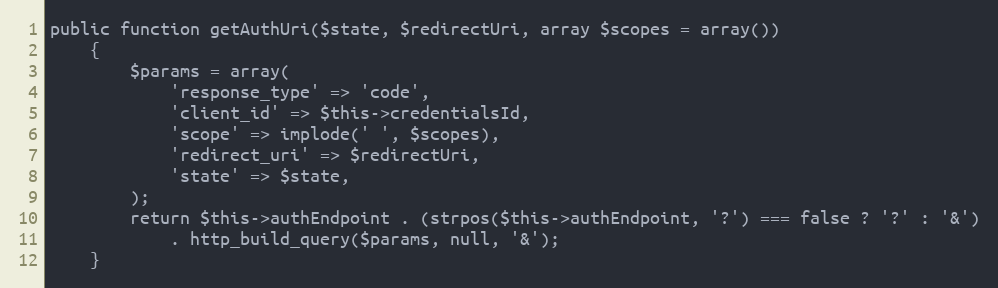
Language: PHP
public function getAuthUri($state, $redirectUri, array $scopes = array())
    {
        $params = array(
            'response_type' => 'code',
            'client_id' => $this->credentialsId,
            'scope' => implode(' ', $scopes),
            'redirect_uri' => $redirectUri,
            'state' => $state,
        );
        return $this->authEndpoint . (strpos($this->authEndpoint, '?') === false ? '?' : '&')
            . http_build_query($params, null, '&');
    }